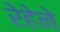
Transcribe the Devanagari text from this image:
रेहेने